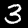
Digit: 3